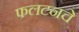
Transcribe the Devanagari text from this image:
फलटनचे